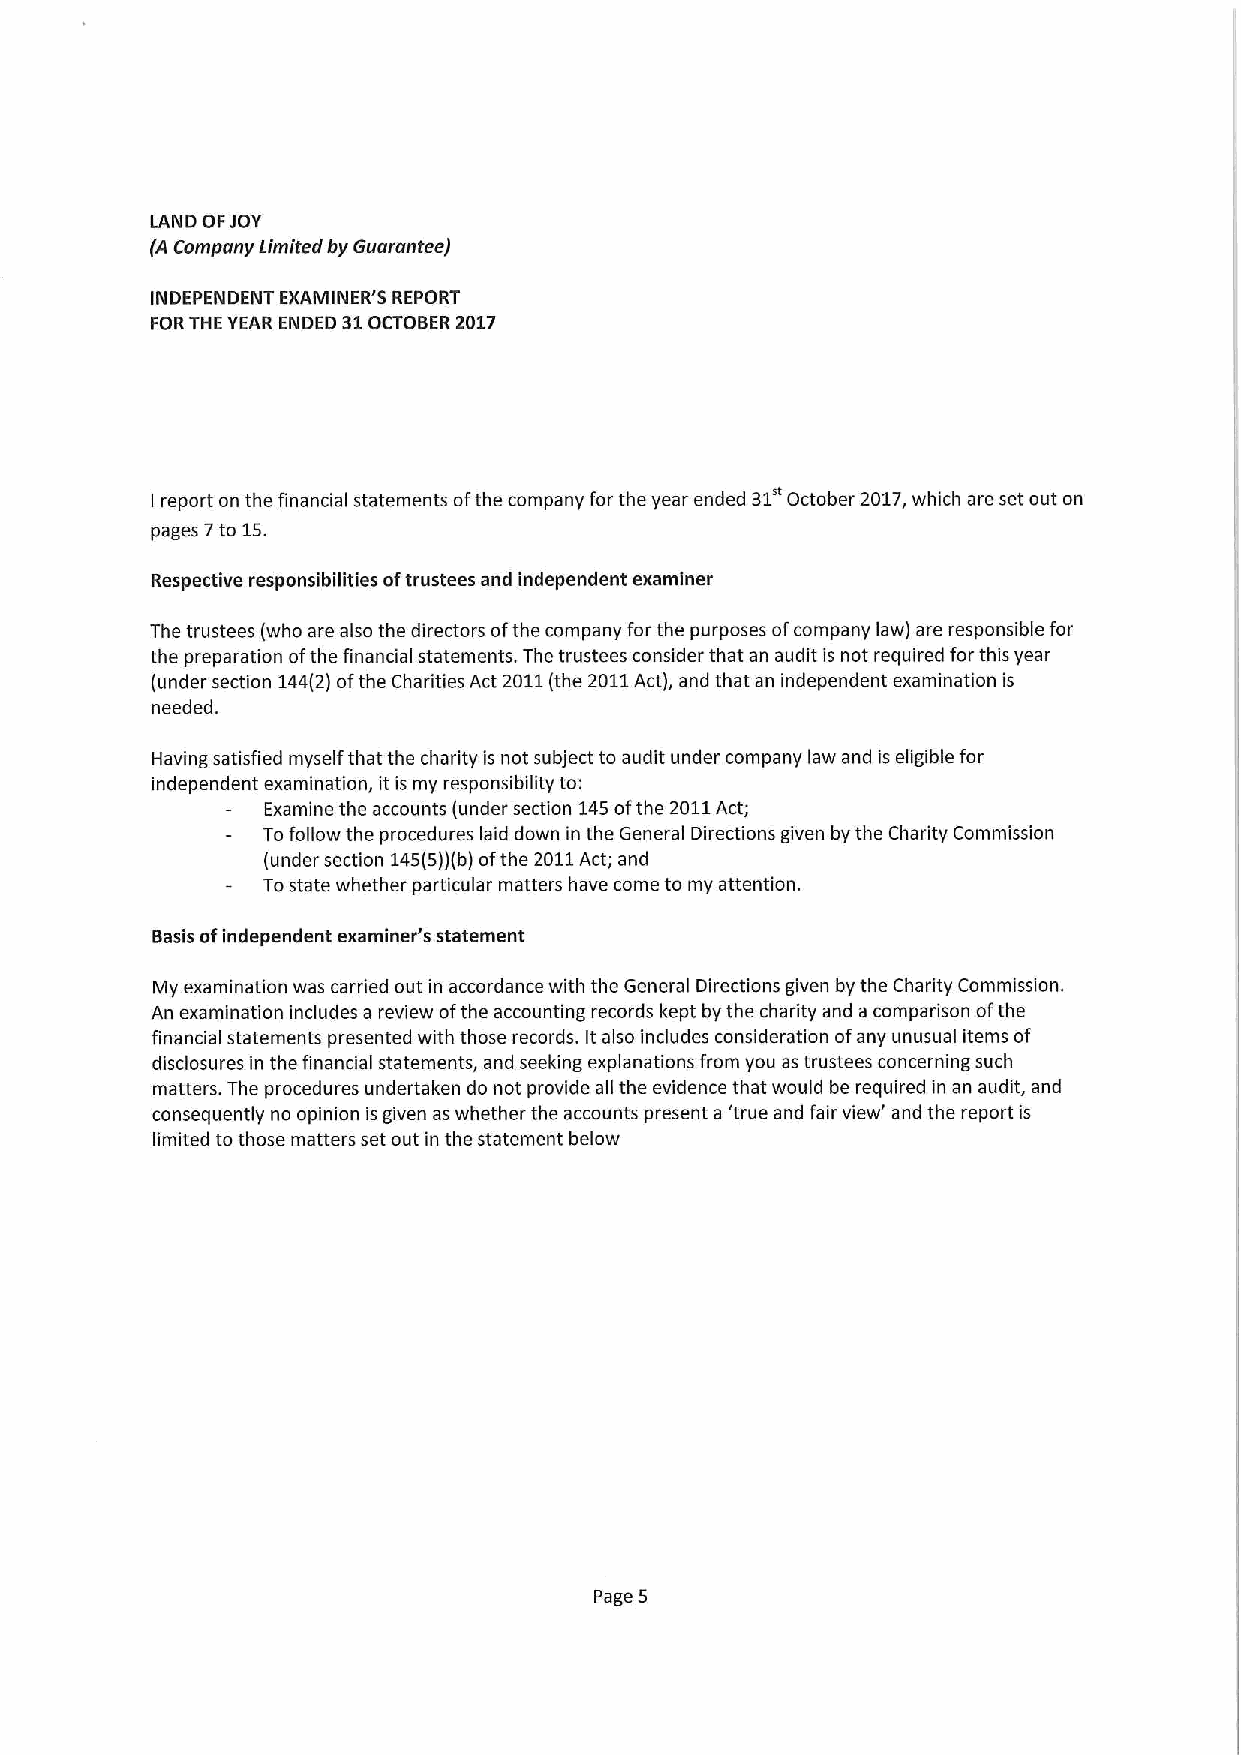
LAND OFJOY
 (A Company Limited by Guarantee)
 INDEPENDENT EXAMINER'5 REPORT
 FORTHE YEAR ENDED 31OCTOBER 2017
 report on the financial statements ofthe company for the year ended 31' October 2017,which are set out on
 I
 pages 7to 15.
 Respective responsibilities oftrustees and independent examiner
 The trustees (who are also the directors ofthe company for the purposes ofcompany law) are responsible for
 the preparation ofthe financial statements. The trustees consider that an audit is not required for this year
 (under section 144(2)ofthe Charities Act 2011(the 2011Act), and that an independent examination is
 needed.
 Having satisfied myself that the charity is not subject to audit under company law and is eligible for
 independent examination, it is my responsibility to:
 Examine the accounts (under section 145ofthe 2011Act;
 Tofollow the procedures laid down in the General Directions given by the Charity Commission
 (under section 145(5))(b)ofthe 2011Act; and
 Tostate whether particular matters have come to my attention.
 Basis ofindependent examiner's statement
 My examination was carried out in accordance with the General Directions given by the Charity Commission.
 An examination includes a review ofthe accounting records kept by the charity and a comparison ofthe
 financial statements presented with those records. Italso includes consideration ofany unusual items of
 disclosures in the financial statements, and seeking explanations from you as trustees concerning such
 matters. The procedures undertaken do not provide all the evidence that would be required in an audit, and
 consequently no opinion isgiven as whether the accounts present a 'true and fair view' and the report is
 limited tothose matters set out in the statement below
 Page 5